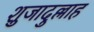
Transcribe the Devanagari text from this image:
शुजादुल्लाह